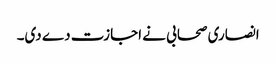
انصاری صحابی نے اجازت دے دی۔